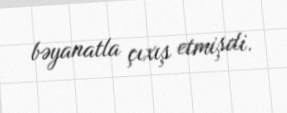
bəyanatla çıxış etmişdi.